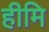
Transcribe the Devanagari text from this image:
हीमि